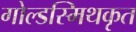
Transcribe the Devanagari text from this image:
गोल्डस्मिथकृत